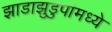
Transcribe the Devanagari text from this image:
झाडाझुडुपांमध्ये